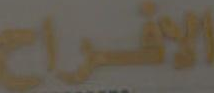
الأفراح